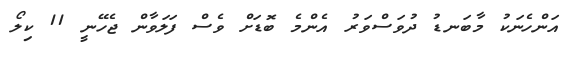
އަންހެނަކު މާބަނޑު ދުވަސްވަރު އެންމެ ބޮޑަށް ވެސް ފަލަވާން ޖެހޭނީ 11 ކިލޯ